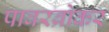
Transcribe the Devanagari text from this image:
पावरब्रोकर